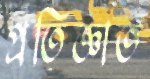
প্রতিজ্ঞাত